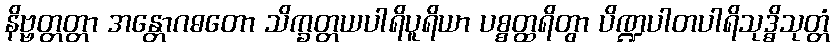
နိဗ္ဗတ္တတ္တာ အန္တောဂဓတော သိက္ခတ္တယပါရိပူရိယာ ပစ္စတ္ထရိတွာ ပိဏ္ဍပါတပါရိသုဒ္ဓိသုတ္တံ